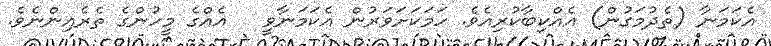
އެކަމަނާ (ތެދުމަގުން) އެއްކިބާކުރިއެވެ. ހަމަކަށަވަރުން އެކަމަނާވީ   އެއްގެ މީހުންގެ ތެރެއިންނެވެ.